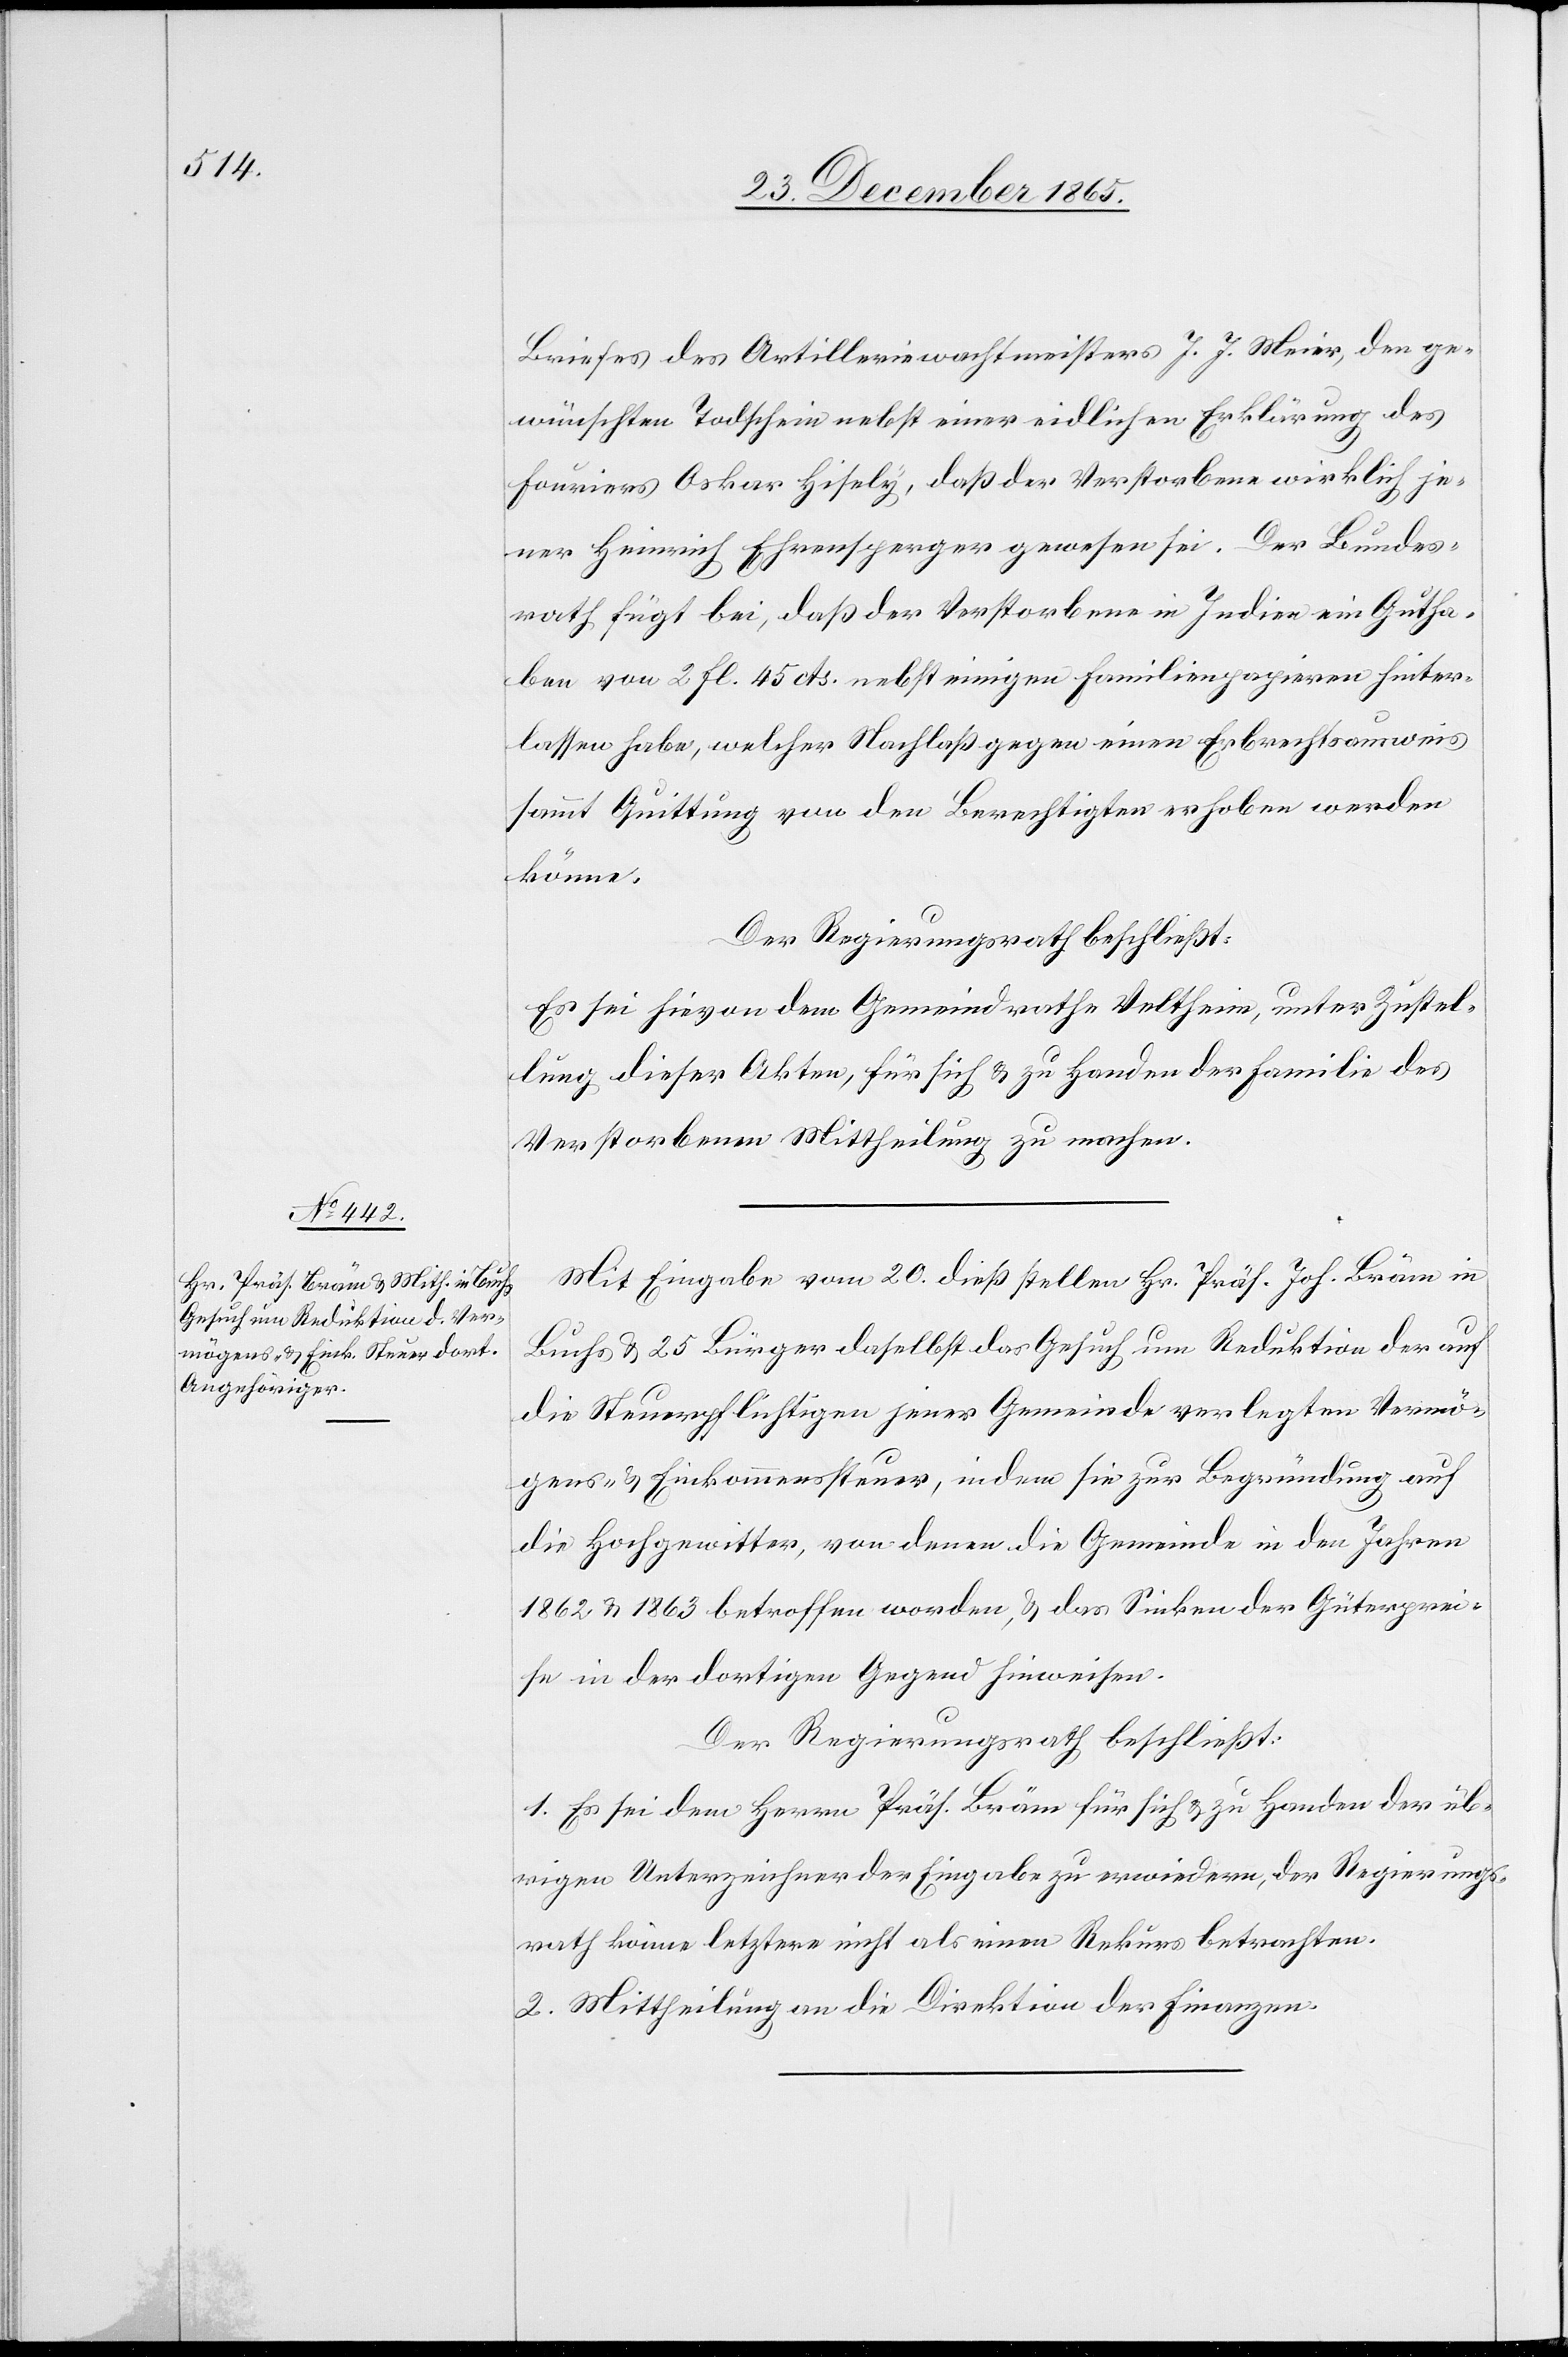
Briefes des Artilleriewachtmeisters J. J. Meier, den ge¬
wünschten Todschein nebst einer eidlichen Erklärung des
Fouriers Oskar Hisely, daß der Verstorbene wirklich je¬
ner Heinrich Ehrensperger gewesen sei. Der Bundes¬
rath fügt bei, daß der Verstorbene in Indien ein Gutha¬
ben von 2 Fl. 45 cts. nebst einigen Familienpapieren hinter¬
lassen habe, welcher Nachlaß gegen einen Erbrechtsausweis
sammt Quittung von den Berechtigten erhoben werden
könne.
Der Regierungsrath beschließt:
Es sei hievon dem Gemeindrathe Veltheim, unter Zustel¬
lung dieser Akten, für sich & zu Handen der Familie des
Verstorbenen Mittheilung zu machen.
Mit Eingabe vom 20. dieß stellen Hr. Präs. Joh. Bräm in
Buchs & 25 Bürger daselbst das Gesuch um Reduktion der auf
die Steuerpflichtigen jener Gemeinde verlegten Vermö¬
gens- & Einkommensteuer, indem sie zur Begründung auf
die Hochgewitter, von denen die Gemeinde in den Jahren
1862 & 1863 betroffen worden, & das Sinken der Güterprei¬
se in der dortigen Gegend hinweisen.
Der Regierungsrath beschließt:
1. Es sei dem Herrn Präs. Bräm für sich & zu Handen der üb¬
rigen Unterzeichner der Eingabe zu erwiedern, der Regierungs¬
rath könne letztere nicht als einen Rekurs betrachten.
2. Mittheilung an die Direktion der Finanzen.